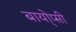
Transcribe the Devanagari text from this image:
बायो्प्सी